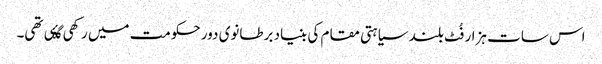
اس سات ہزار فُٹ بلند سیاہتی مقام کی بنیاد برطانوی دور حکومت میں رکھی گۂی تھی۔